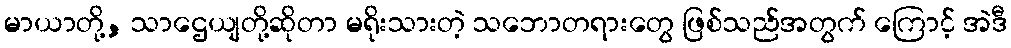
မာယာတို့, သာဌေယျတို့ဆိုတာ မရိုးသားတဲ့ သဘောတရားတွေ ဖြစ်သည်အတွက် ကြောင့် အဲဒီ